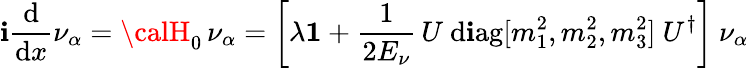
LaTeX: \mathbf{i}{\frac{{\mathrm{{d}}}}{{\mathrm{{d}}x}}}\nu_{\alpha}={\calH}_{0}\, \nu_{\alpha}=\left[\lambda{\mathbf{{1}}}+{\frac{{1}}{{2E_{\nu}}}}\, U~\mathrm{{d\mathbf{i}ag}}[m_{1}^{2},m_{2}^{2},m_{3}^{2}]~U^{\dagger}\right]~\nu_{\alpha}